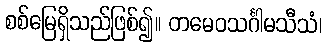
စစ်မြေရှိသည်ဖြစ်၍။ တမေဝသင်္ဂါမသီသံ၊